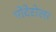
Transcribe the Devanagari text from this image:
पोंदेरोसा